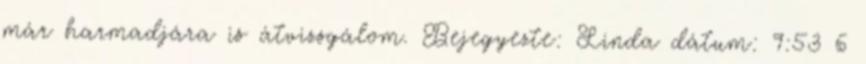
már harmadjára is átvizsgálom. Bejegyezte: Linda dátum: 9:53 6